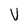
Character: U